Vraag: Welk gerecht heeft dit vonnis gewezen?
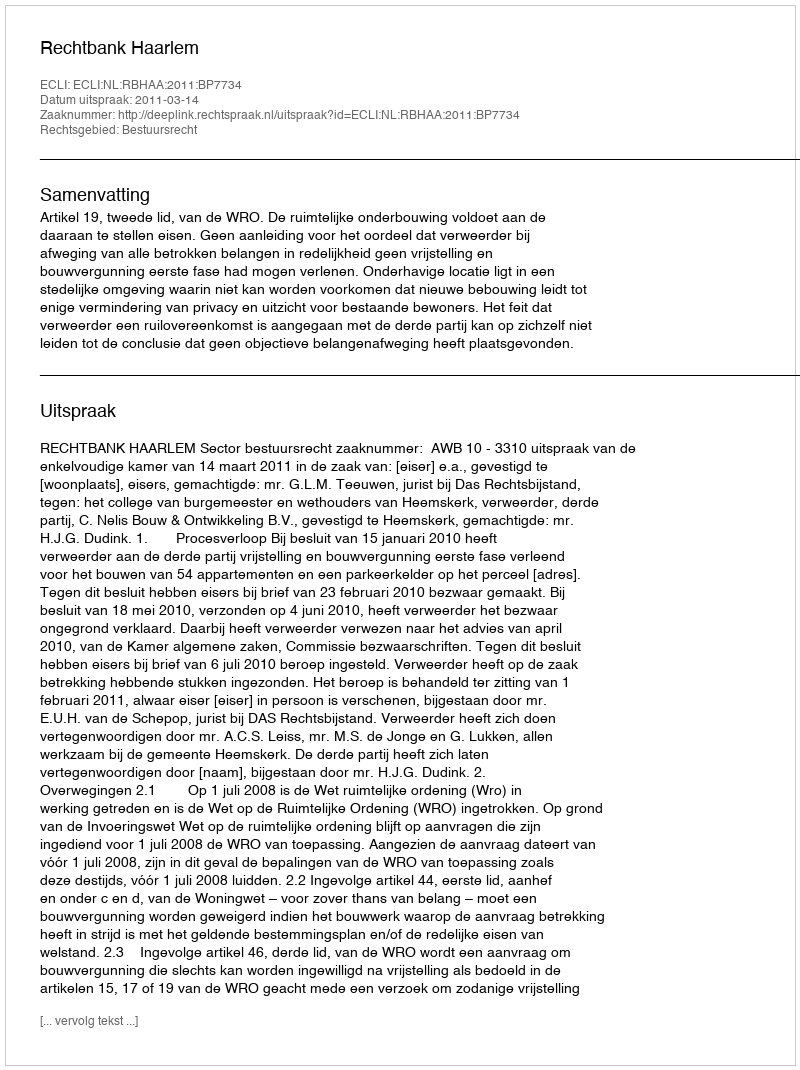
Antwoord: Rechtbank Haarlem